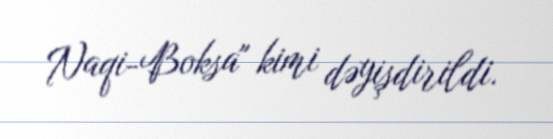
Naqi-Boksa" kimi dəyişdirildi.